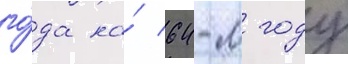
го́да на́ 64-м году